Vabadussoja_Ajaloo_Komitee, lk 47
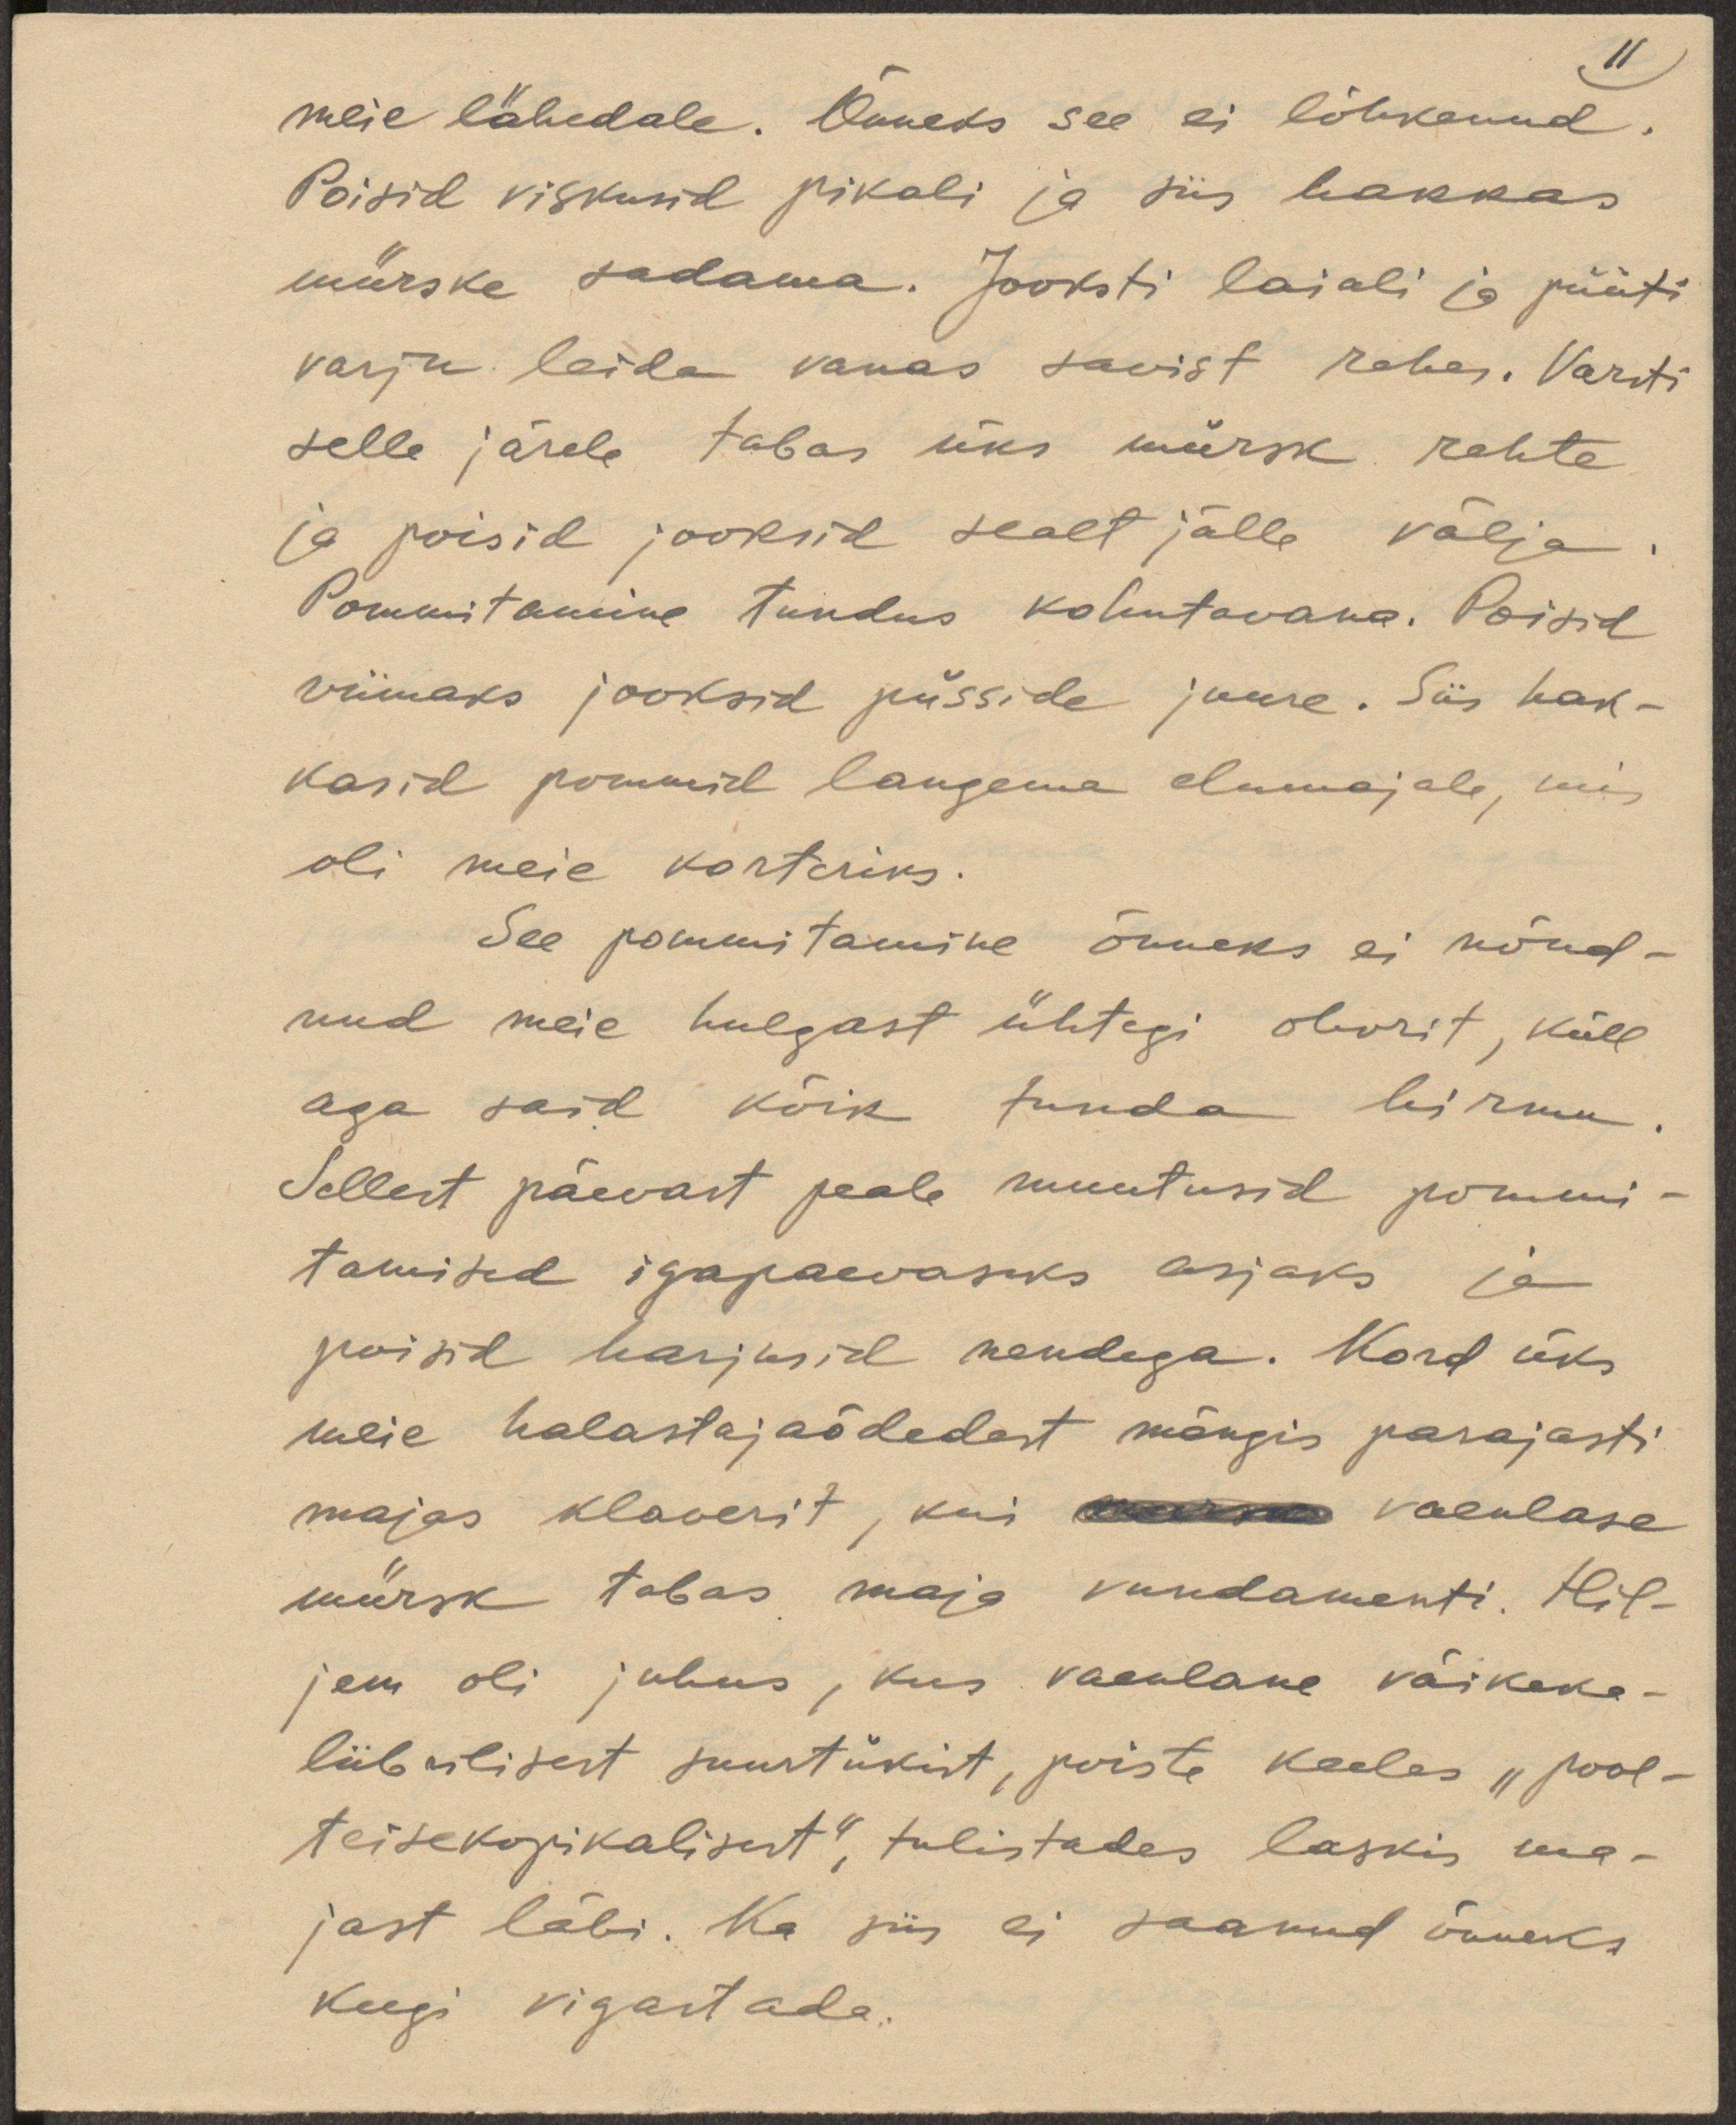
11
meie lähedale. Õnneks see ei lõhkenud.
Poisid viskusid pikali ja siis hakkas
mürske sadama. Joosti laiali ja püüti
varju leida vanas savist rehes. Varsti
selle järele tabas üks mürsk rehte
ja poisid jooksid sealt jälle välja.
Pommitamine tundus kohutavana. Poisid
viimaks jooksid püsside juure. Siis hak-
kasid pommid langema elumajale, mis
oli meie korteriks.
See pommitamine õnneks ei nõud-
nud meie hulgast ühtegi ohvrit, küll
aga said kõik tunda hirmu.
Sellest päevast peale muutusid pommi-
tamised igapaevaseks asjaks ja
poisid harjusid nendega. Kord üks
meie halastajaõdedest mängis parajasti
majas klaverit, kui vaenlase
mürsk tabas maja vundamenti. Hil-
jem oli juhus, kus vaenlane väikeka-
liibrilisest suurtükist, poiste keeles "pool-
teisekopikalisest", tulistades laskis ma-
jast läbi. Ka siis ei saanud õnneks
keegi vigastada.